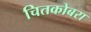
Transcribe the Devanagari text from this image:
चितकोबरा